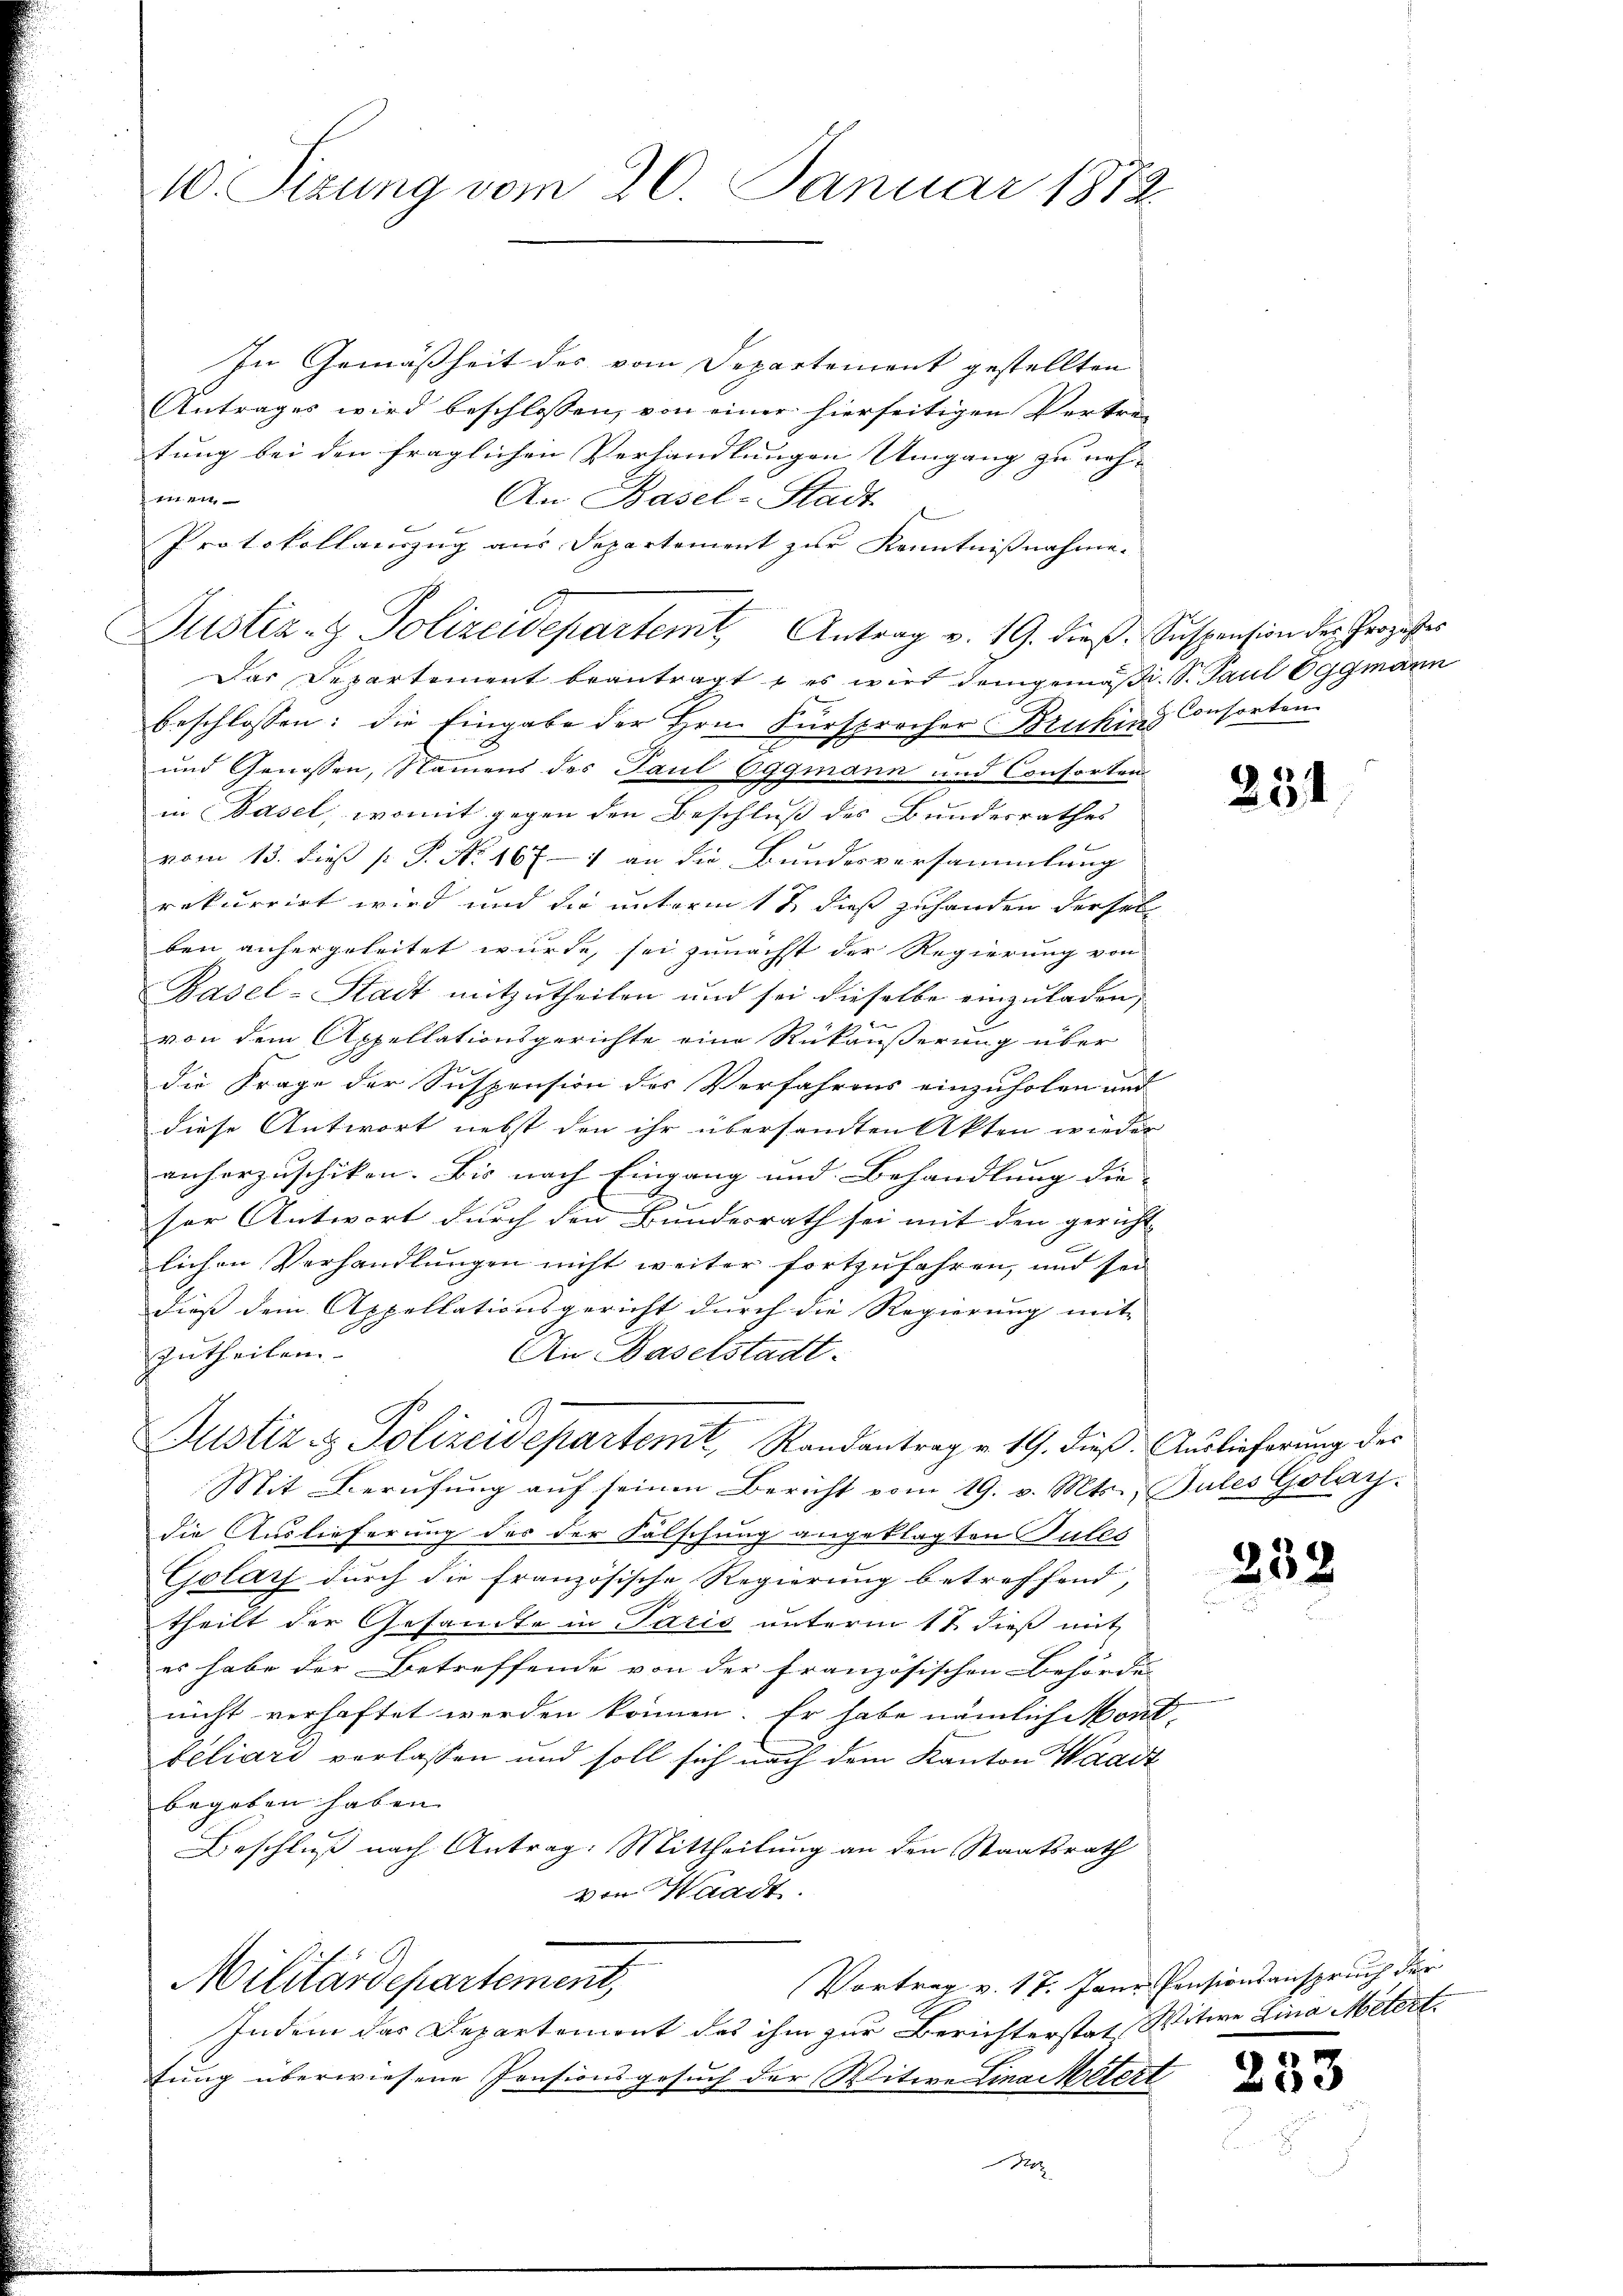
10. Sitzung vom 20. Januar 1872.

In Gemäßheit des vom Departement gestellten
Antrages wird beschlossen, von einer hierseitigen Vertre-
tung bei den fraglichen Verhandlungen Umgang zu neh-
t1.11.
An Basel-Stadt
Protokollauszug aus Departement zur Kenntnißnahme.
Justiz- & Polizeidepartemit Antrag v. 19. dieß. Suspension des Prozesser
Das Departement beantragt, es wird demgemäßi. S. Paul Eggmann
beschlossen: die Eingabe der Hrn. Fürsprocher Brukin Consorten
und Genossen, Namens des Paul Eggmann und Consorten
in Basel, womit gegen den Beschluß des Bundesrathes
vom 13. dieß P. P. No. 1671 an die Bundesversammlung
rekurrirt wird und die unterm 17 dieß zuhanden derselben anhergeleitet wurde, sei zunächst der Regierung von
Basel-Stadt mitzutheilen und sei dieselbe einzuladen,
von dem Appellationsgerichte eine Rükäußerung über
die Frage der Suspension des Verfahrens einzuholen und
diese Antwort nebst den ihr übersandten Akten wieder
anherzuschiken. Bis nach Eingang und Behandlung die |
.
ser Antwort durch den Bundesrath sei mit den gericht
9
lichen Verhandlungen nicht weiter fortzufahren, und sei
dieß dem Appellationsgericht durch die Regierung mit |
An Baselstadt.
zutheilen.
Justiz & Polizeidepartemit Randantrag v. 19. dieß. Auslieferung der
Mit Berufung aŭf seinen Bericht vom 19. v. Mts., Gules Golay.
die Auslieferung des der Fälschung angeklagten Pules
Golays durch die Französische Regierung betreffend,
theilt der Gesandte in Paris unterm 17. dieß mit
es habe der Betreffende von der Französischen Behörder
nicht verhaftet werden können. Er habe nämlich Mont-
téliari verlassen und soll sich nach dem Kanton Waadt
begeben haben.
Beschluß nach Antrag: Mittheilung an den Staatsrath
von Waadt.
Vortrag v. 17. Jann Pensionsanspruch der
Militärdepartement,
Indem das Departement das ihm zur Berichterstat, Witwe Lina Metert.
tung überwiesene Pensionsgesuch der Witwe Lina Metert
120

251

232

233